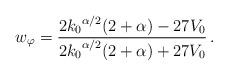
LaTeX: \begin{align*}w_{\varphi} = \frac{2{k_{0}}^{\alpha/2} (2 + \alpha) -27V_0}{2{k_{0}}^{\alpha/2} (2 + \alpha) + 27V_0} \,.\end{align*}